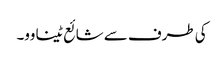
کی طرف سے شائع ٹینا وو۔